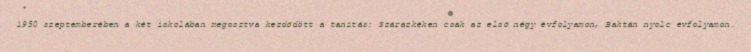
1950 szeptemberében a két iskolában megosztva kezdődött a tanítás: Szárazkéken csak az első négy évfolyamon, Baktán nyolc évfolyamon.